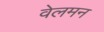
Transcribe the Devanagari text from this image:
वेलमन